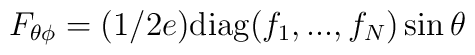
F_{\theta\phi}=(1/2e) {\rm diag} (f_1,...,f_N) \sin \theta\